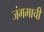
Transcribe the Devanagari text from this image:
जंगमाची